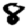
Digit: 8